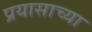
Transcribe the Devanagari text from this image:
प्रयासाच्या